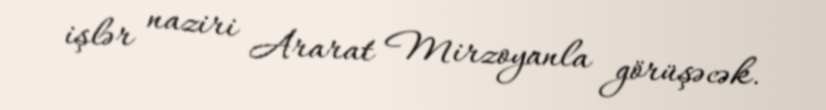
işlər naziri Ararat Mirzoyanla görüşəcək.